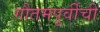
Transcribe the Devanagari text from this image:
गौतमपूर्वीची